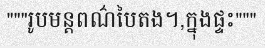
"""រូបមន្តពណ៌បៃតង។,ក្នុងផ្ទះ"""